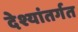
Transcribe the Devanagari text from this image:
देश्यांतर्गत